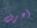
أعرف